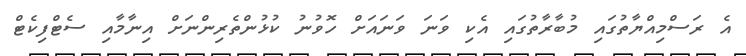
އެ ރަސްމިއްޔާތުގައި މުބާރާތުގައި އެކި ވަނަ ވަނައަށް ހޮވުނު ކުޅުންތެރިންނަށް އިނާމާއި ސެޓްފިކެޓް